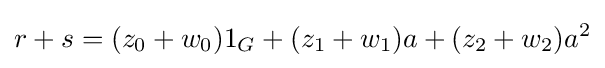
r+s=(z_{0}+w_{0})1_{G}+(z_{1}+w_{1})a+(z_{2}+w_{2})a^{2}